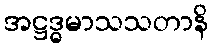
အဋ္ဌဒ္ဓမာသသတာနိ